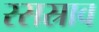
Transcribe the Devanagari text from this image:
रसस्राव